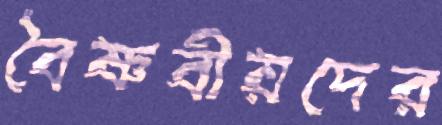
বৈষ্ণবীয়দের